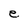
Character: e